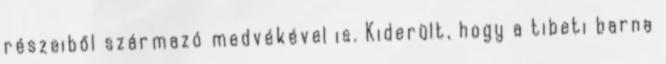
részeiből származó medvékével is. Kiderült, hogy a tibeti barna